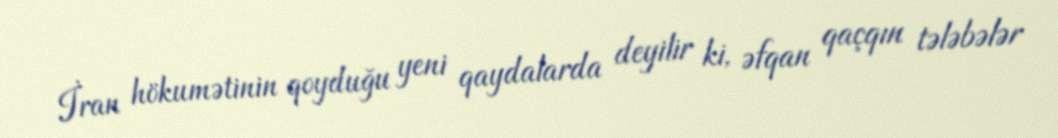
İran hökumətinin qoyduğu yeni qaydalarda deyilir ki, əfqan qaçqın tələbələr